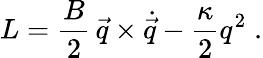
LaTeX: {L}={\frac{B}{2}}\, \vec{q}\times\dot{\vec{q}}-{\frac{\kappa}{2}}q^{2}\; .